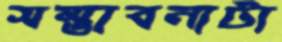
সম্ভাবনাটা